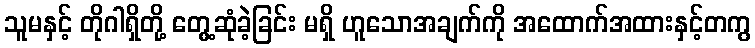
သူမနှင့် တိုဂါရှိတို့ တွေ့ဆုံခဲ့ခြင်း မရှိ ဟူသောအချက်ကို အထောက်အထားနှင့်တကွ